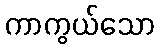
ကာကွယ်သော